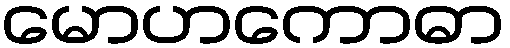
မောဟကောဓာ